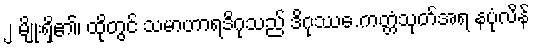
၂ မျိုးရှိ၏၊ ထိုတွင် သမာဟာရဒိဂုသည် ဒိဂုဿေ.ကတ္တံသုတ်အရ နပုံလိန်